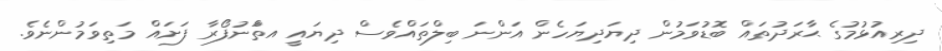
ދިރިއުޅުމުގެ ޙާރަދުތައް ބޮޑުވަމުން ދިޔަދިޔަހެން އަންނަ ބިލްތައްވެސް ދިޔައީ އތަްނުފޯރާ ފަށައް މަތިވަމުންނެވެ.